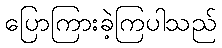
ပြောကြားခဲ့ကြပါသည်